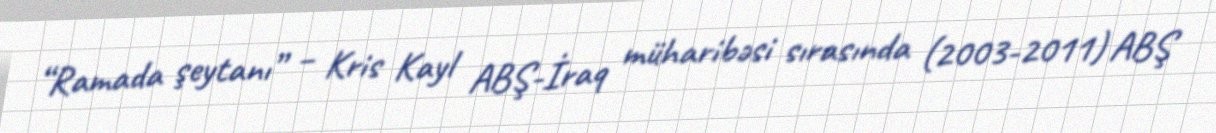
“Ramada şeytanı” – Kris Kayl ABŞ-İraq müharibəsi sırasında (2003-2011) ABŞ